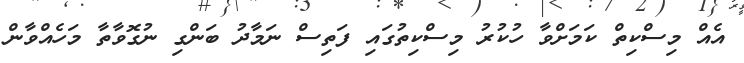
އެއް މިސްކިތް ކަމަށްވާ ހުކުރު މިސްކިތުގައި ފަތިސް ނަމާދު ބަންގި ނުގޮވާތާ މަހެއްވާން